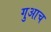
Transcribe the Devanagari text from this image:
गुआच